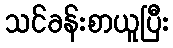
သင်ခန်းစာယူပြီး